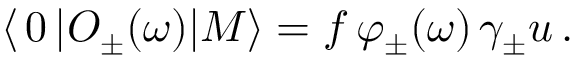
\langle \, 0 \, | O _ { \pm } ( \omega ) | M \rangle = f \, \varphi _ { \pm } ( \omega ) \, \gamma _ { \pm } u \, .